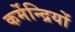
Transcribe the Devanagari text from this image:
कर्मेन्द्रियों